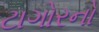
ટાગોરનો